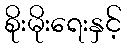
စိုးမိုးရေးနှင့်